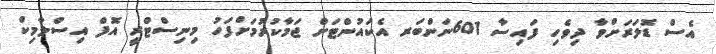
އެސް ޑޮލަރަށްވާ ދިވެހި ފައިސާ 601ނަންބަރ އެކައުންޓަށް ޖަމާކުރުމަށްފަހު މިނިސްޓްރީ އޮފް އިސްލާމިކް